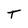
Character: T